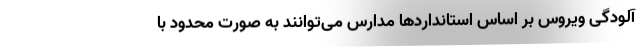
آلودگی ویروس بر اساس استانداردها مدارس می‌توانند به صورت محدود با